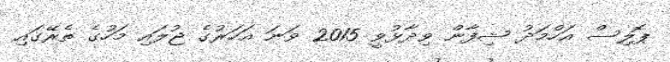
ޕޮލިސް އަހްމަދު ޝިފާން ވިދާޅުވީ 2015 ވަނަ އަހަރުގެ ޖުލައި މަހުގެ ތެރޭގައި